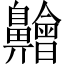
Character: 䶐